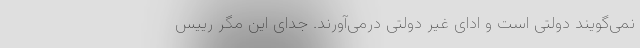
نمی‌گویند دولتی است و ادای غیر دولتی درمی‌آورند. جدای این مگر رییس